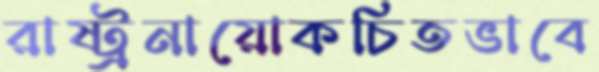
রাষ্ট্রনায়োকচিতভাবে